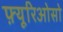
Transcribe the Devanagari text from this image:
फ़्यूरिओसो